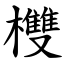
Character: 欆